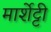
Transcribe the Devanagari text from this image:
मार्शेट्टी